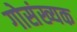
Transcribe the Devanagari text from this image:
गोसंख्यक